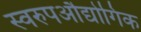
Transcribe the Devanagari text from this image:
स्वरुपऔद्योगिक